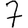
Digit: 7